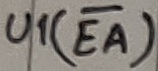
Text: U1(EA)